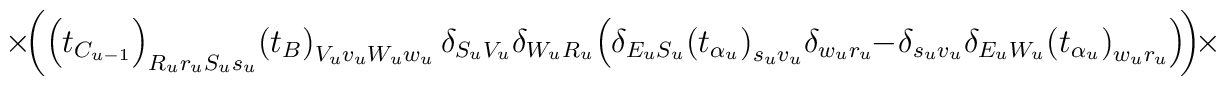
\times\!\bigg(\!\left(t_{C_{u-1}}\right)_{R_ur_uS_us_u}\!\left(t_B\right)	_{V_uv_uW_uw_u}\delta_{S_uV_u}\delta_{W_uR_u}\!	\left(\delta_{E_uS_u}\!\left(t_{\alpha_u}\right)_{s_uv_u}\!	\delta_{w_ur_u}\!\!-\!\delta_{s_uv_u}\delta_{E_uW_u}\!\left(t_{	\alpha_u}\right)_{w_ur_u}\right)\!\!\bigg)\!\times